Annual vaccination report of Bihar and Orissa - 1911-1928
Year: 1911
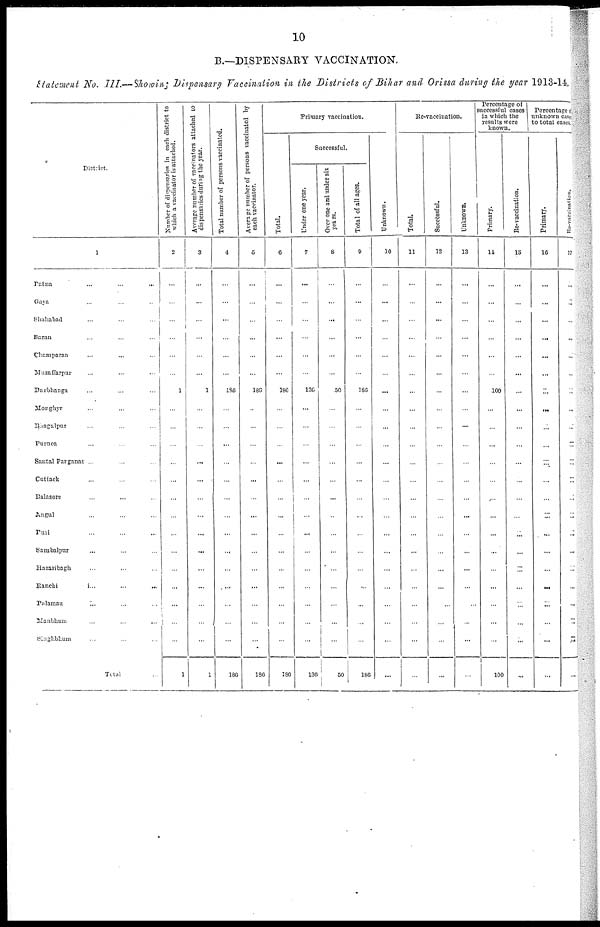
10
B.—DISPENSARY VACCINATION.
Statement No. III.—Showing Dispensary Vaccination in the Districts of Bihar and Orissa during the year 1913-14.
District.
1
Patna ... ... ...
Gaya ... ... ...
Shahabad ... ... ...
Saran ... ... ...
Champaran ... ... ...
Muzaffarpur ... ... ...
Darbhanga ... ... ...
Monghyr ... ... ...
Bhagalpur ... ... ...
Purnea ... ... ...
Santal Parganas ... ... ...
Cuttack ... ... ...
Balasore ... ... ...
Angul ... ... ...
Puri ... ... ...
Sambalpur ... ... ...
Hazaribagh ... ... ...
Ranchi
...
...
...
Palamau ... ... ...
Manbhum ... ... ...
Singhbhum ... ... ...
Total
Number of dispensaries in each district to
which a vaccinator is attached.
2
...
...
...
...
...
...
1
...
...
...
...
...
...
...
...
...
...
...
...
...
...
1
Average number of vaccinators attached to
dispensaries during the year.
3
...
...
...
...
...
...
1
...
...
...
...
...
...
...
...
...
...
...
...
...
...
1
Total number of persons vaccinated.
4
...
...
...
...
...
...
186
...
...
...
...
...
...
...
...
...
...
...
...
...
...
186
Average number of persons vaccinated by
each vaccinator.
5
...
...
...
...
...
...
186
...
...
...
...
...
...
...
...
...
...
...
...
...
...
186
Primary vaccination.
Total.
6
...
...
...
...
...
...
180
...
...
...
...
...
...
...
...
...
...
...
...
...
...
180
Successful.
Under one year.
7
...
...
...
...
...
...
136
...
...
...
...
...
...
...
...
...
...
...
...
...
...
136
Over one and under six
years.
8
...
...
...
...
...
...
.50
...
...
...
...
...
...
...
...
...
...
...
...
...
...
50
Total of all ages.
9
...
...
...
...
...
...
186
...
...
...
...
...
...
...
...
...
...
...
...
...
...
186
Unknown.
10
...
...
...
...
...
...
...
...
...
...
...
...
...
...
...
...
...
...
...
...
...
...
Re-vaccination.
Total.
11
...
...
...
...
...
...
...
...
...
...
...
...
...
...
...
...
...
...
...
...
...
...
Successful.
12
...
...
...
...
...
...
...
...
...
...
...
...
...
...
...
...
...
...
...
...
...
...
Unknown.
13
...
...
...
...
...
...
...
...
...
...
...
...
...
...
...
...
...
...
...
...
...
...
Percentage of
successful cases
in which the
results were
known.
Primary.
14
...
...
...
...
...
...
100
...
...
...
...
...
...
...
...
...
...
...
...
...
...
100
Re-vaccination.
15
...
...
...
...
...
...
...
...
...
...
...
...
...
...
...
...
...
...
...
...
...
...
Percentage of
unknown cases
to total cases.
Primary.
16
...
...
...
...
...
...
...
...
...
...
...
...
...
...
...
...
...
...
...
...
...
...
Re-vaccination.
17
...
...
...
...
...
...
...
...
...
...
...
...
...
...
...
...
...
...
...
...
...
...